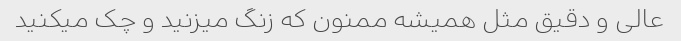
عالی و دقیق مثل همیشه ممنون که زنگ میزنید و چک میکنید